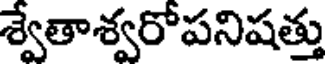
శ్వేతాశ్వరోపనిషత్తు